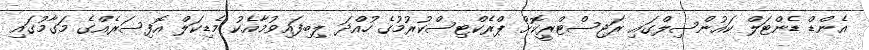
އެންޑް ޑެންޓަލް ކައުންސިލްގައި ރަޖިސްޓްރީކޮށް ޕްރެކްޓިސްކުރުމުގެ ހުއްދަ ލިބިފައިވުމާއެކު މެޑިކަލް އޮފިސަރެއްގެ މަގާމުގައި